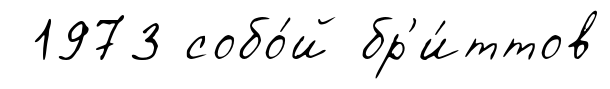
1973 собо́й бр'и́ттов